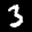
Label: 3